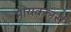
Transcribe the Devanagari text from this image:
मायकलर्स